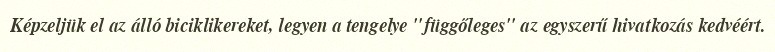
Képzeljük el az álló biciklikereket, legyen a tengelye "függőleges" az egyszerű hivatkozás kedvéért.